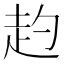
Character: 𧺕